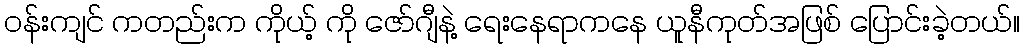
ဝန်းကျင် ကတည်းက ကိုယ့် ကို ဇော်ဂျီနဲ့ ရေးနေရာကနေ ယူနီကုတ်အဖြစ် ပြောင်းခဲ့တယ်။